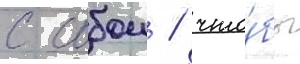
с собои / что́бы